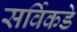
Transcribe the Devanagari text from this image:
सर्विकडे